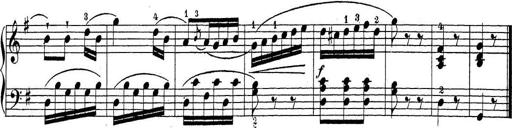
Title: Sonatina Album
Composer: Louis KÃ¶hler